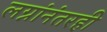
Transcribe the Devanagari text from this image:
लग्नांनंतरही